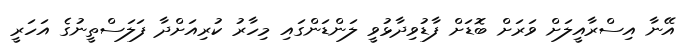
އޭނާ އިސްރާއީލަށް ވަރަށް ބޮޑަށް ފާޑުވިދާޅުވީ ލަންޑަންގައި މިހާރު ކުރިއަށްދާ ފަލަސްތީނުގެ އަހަރީ